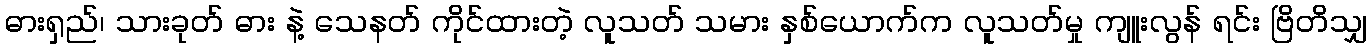
ဓားရှည်၊ သားခုတ် ဓား နဲ့ သေနတ် ကိုင်ထားတဲ့ လူသတ် သမား နှစ်ယောက်က လူသတ်မှု ကျူးလွန် ရင်း ဗြိတိသျှ